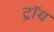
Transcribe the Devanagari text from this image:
ट्राॅय